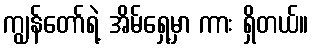
ကျွန်တော်ရဲ့ အိမ်ရှေ့မှာ ကား ရှိတယ်။